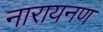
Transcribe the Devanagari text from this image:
नारायनण